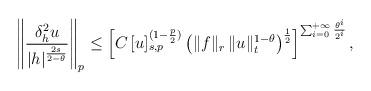
LaTeX: \begin{align*}\left\|\frac{\delta^2_h u}{|h|^{\frac{2s}{2-\theta}}}\right\|_p\leq \left[C\, [u]_{s,p}^{(1-\frac{p}{2})}\left(\|f\|_r\, \|u\|_t^{1-\theta}\right)^{\frac{1}{2}}\right]^{\sum_{i=0}^{+\infty}\frac{\theta^i}{2^i}},\end{align*}